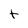
Character: t